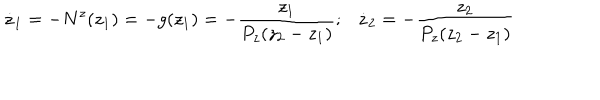
\dot { z } _ { 1 } = - N ^ { z } ( z _ { 1 } ) = - g ( z _ { 1 } ) = - \frac { z _ { 1 } } { P _ { z } ( z _ { 2 } - z _ { 1 } ) } ; \dot { z } _ { 2 } = - \frac { z _ { 2 } } { P _ { z } ( z _ { 2 } - z _ { 1 } ) }